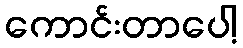
ကောင်းတာပေါ့